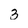
Character: 3